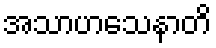
အသာဟသေနာတိ